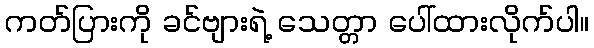
ကတ်ပြားကို ခင်ဗျားရဲ့ သေတ္တာ ပေါ်ထားလိုက်ပါ။